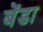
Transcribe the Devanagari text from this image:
बेंडा